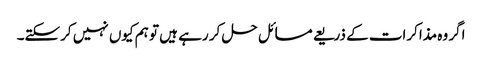
اگر وہ مذاکرات کے ذریعے مسائل حل کر رہے ہیں تو ہم کیوں نہیں کرسکتے۔